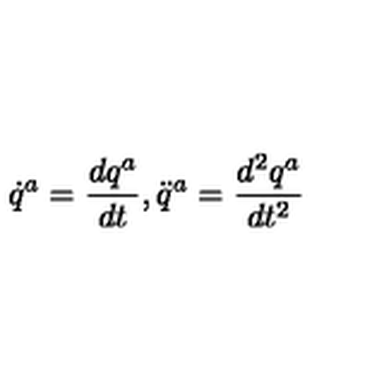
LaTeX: \dot { q } ^ { a } = \frac { d q ^ { a } } { d t } , \ddot { q } ^ { a } = \frac { d ^ { 2 } q ^ { a } } { d t ^ { 2 } }